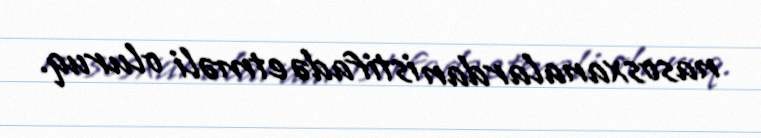
nasosxanalardan istifadə etməli oluruq.